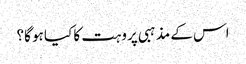
اس کے مذہبی پروہت کا کیا ہو گا؟